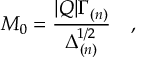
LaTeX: M _ { 0 } = \frac { | Q | \Gamma _ { ( n ) } } { \Delta _ { ( n ) } ^ { 1 / 2 } } \quad ,